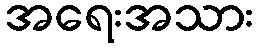
အရေးအသား